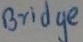
Text: bridge